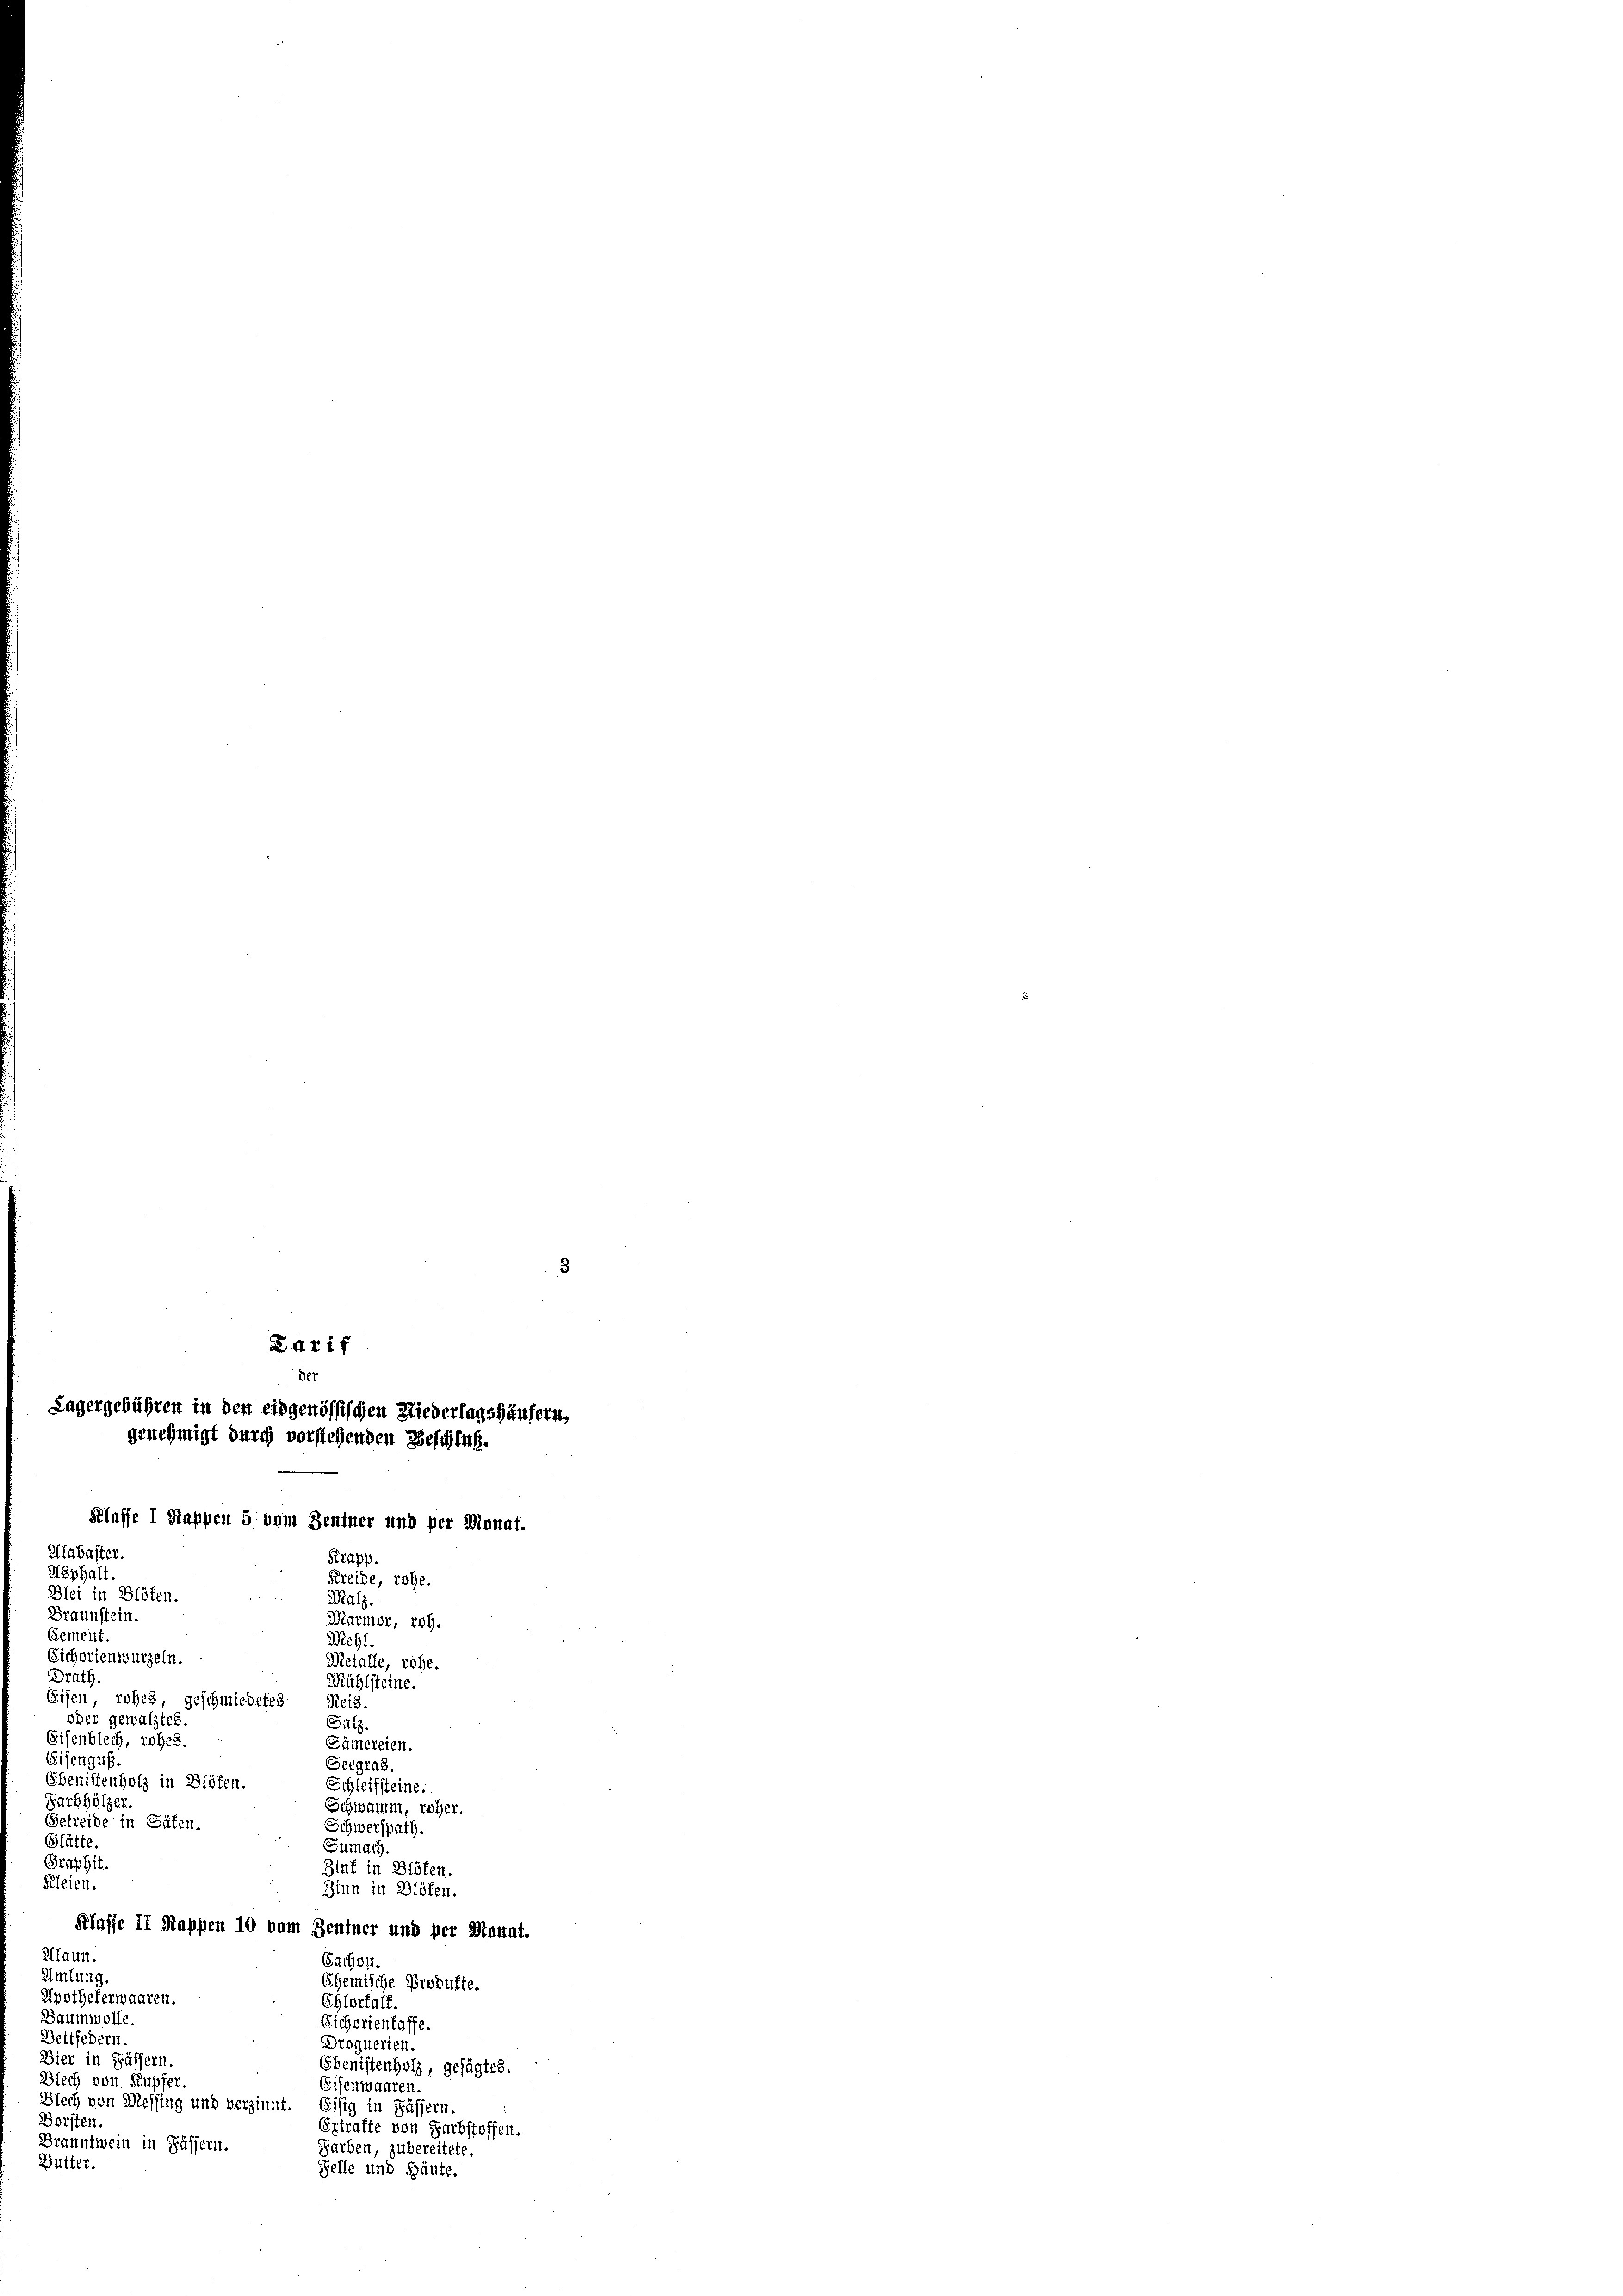
Ratif
der
Lagergebühren in den eidgenössischen Niederlagshäusern,

oder gewälztes.
Galz
Eisenblech, rohes.
Sämereien.
Eisengut.
Seegras.
Ebenistenholz in Blöfen.
Schleifsteine.
Farbhölzer.
Schwamm, roher.
Getreide in Gäfen.
Schwerspath.
Glätte.
Sumach
Graphit.
Zinf in Blöfen.
Kleien.
Zinn in Blösen.
Klasse II Mappen 10 vom Zentner und per Manat.
Alaun.
Sachen.
Amlung.
Chemische Produfte.
Apothekerwaaren.
Chlorfalf.
Baumwolle.
Eicherientaffe.
Bettfedern.
Droquerten
Dier in Füssern.
Ebenistenholz, gesagtes.
Blech von Kupfer.
Sifenwaaren
Blech von Messing und verzinnt. Essig in Fässern.
Forsten.
Extrafte von Farbstoffen.
Branntwein in Fässern.
Farben, zu bereitete
Butter.
Felle und Säute.

genehmigt durch vorstehenden Beschluß.
Klasse I Kappen 5 vom Zentner und per Monat.
Alabaster.
Krapf
Asphalt.
Freide, rohe.
Blei in Blöfen.
Malz.
Braunstein.
Marmor, roh.
Gement
Mehl.
Sichorienwurzeln.
Metalle, rohe.
Drath
Mühlsteine.
Eisen, rohes, geschmiedetes Reis.